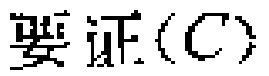
要证\((C)\)